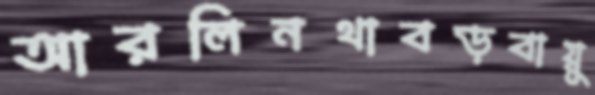
আরলিনথাবড়বায়ু